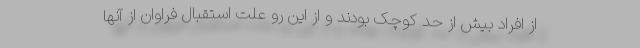
از افراد بیش از حد کوچک بودند و از این رو علت استقبال فراوان از آنها